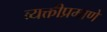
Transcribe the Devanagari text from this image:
व्यक्तीप्रमाणे